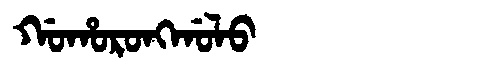
Manchu: ᡤᠣᡥᠣᡵᠣᠩᡤᠣᠯᠣ
Romanization: GOHORONGGOLO